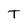
Character: T